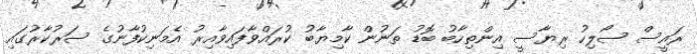
ރައީސް ސޯލިހު ރިޔާސީ އިންތިހާބު ބޮޑު ތަނުން ކާމިޔާބު ކުރައްވާފައިވާއިރު އެމަނިކުފާނުގެ ސަރުކާރުގައި